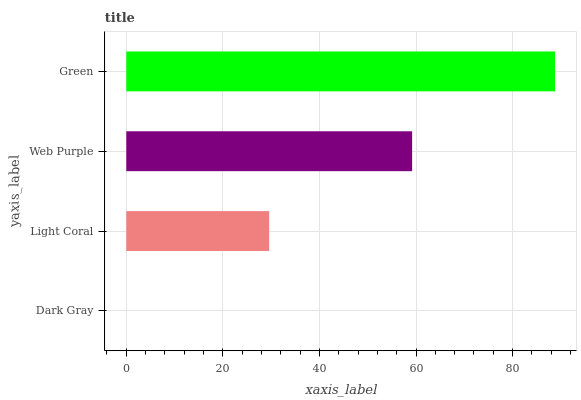
| yaxis_label | bars |
 | --- | --- |
 | Dark Gray | 0 |
 | Light Coral | 29.6 |
 | Web Purple | 59.2 |
 | Green | 88.8 |